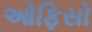
ઓફિસો